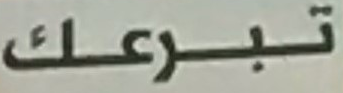
تبرعك